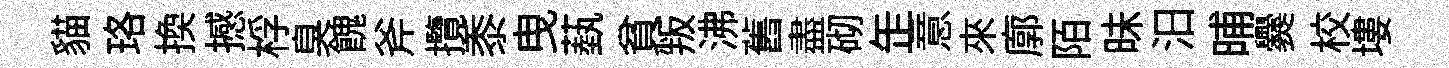
貓珞換撼桴臭餽斧攬黍曳蓺貧叛沸舊盡砌𦈢意來廓陌昧汨晡爨校塿